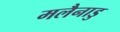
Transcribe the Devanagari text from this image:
मलैनाडु